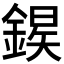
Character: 𫒱